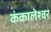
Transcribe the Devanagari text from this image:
कंकालेश्‍वर